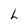
Character: h